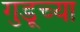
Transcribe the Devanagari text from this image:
गुडूच्या